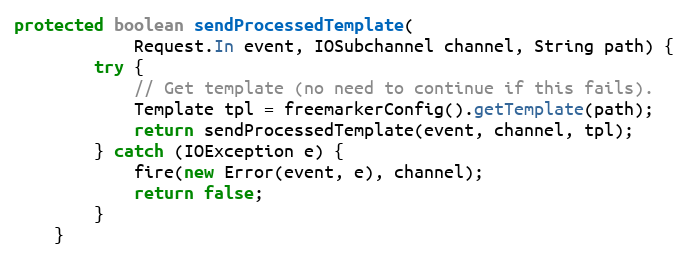
Language: Java
protected boolean sendProcessedTemplate(
            Request.In event, IOSubchannel channel, String path) {
        try {
            // Get template (no need to continue if this fails).
            Template tpl = freemarkerConfig().getTemplate(path);
            return sendProcessedTemplate(event, channel, tpl);
        } catch (IOException e) {
            fire(new Error(event, e), channel);
            return false;
        }
    }